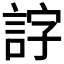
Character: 𧧕